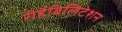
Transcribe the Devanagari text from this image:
रीहॅबिलिटेशन